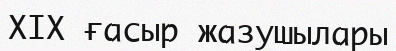
XIX ғасыр жазушылары